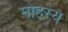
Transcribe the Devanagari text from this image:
मोहस्य